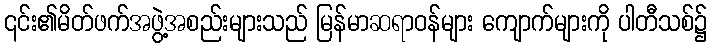
၎င်း၏မိတ်ဖက်အဖွဲ့အစည်းများသည် မြန်မာဆရာဝန်များ ကျောက်များကို ပါတီသစ်၌